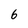
Character: 6